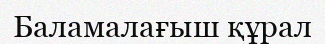
Баламалағыш құрал